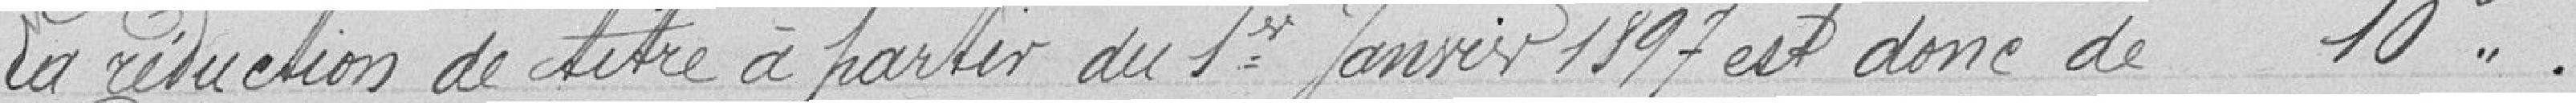
La réduction de titre à partir du 1er Janvier 1897 est donc de 10 francs